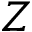
Z